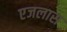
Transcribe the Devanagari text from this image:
एजलास